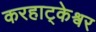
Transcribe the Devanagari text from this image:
करहाट्केश्वर